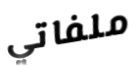
ملفاتي